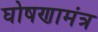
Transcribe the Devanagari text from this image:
घोषणामंत्र